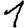
Digit: 1